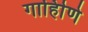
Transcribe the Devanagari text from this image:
गार्हािणे